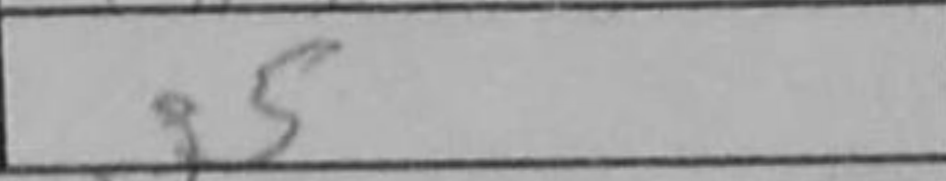
Transcription: g5